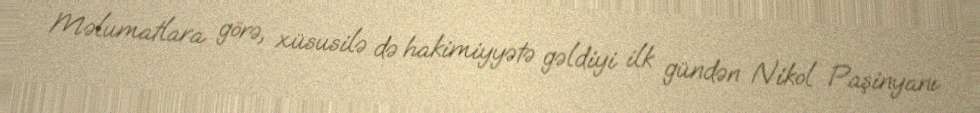
Məlumatlara görə, xüsusilə də hakimiyyətə gəldiyi ilk gündən Nikol Paşinyanı